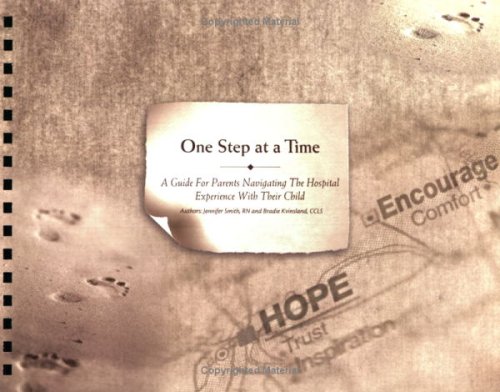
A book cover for One Step at a Time; Jennifer Smith and Bradie Kvinsland; Health, Fitness & Dieting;